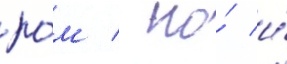
ро́м / но́ и́